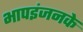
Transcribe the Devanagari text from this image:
भापइंजनके